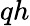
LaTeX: qh